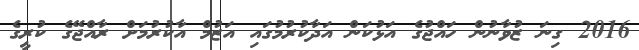
2016 ގިނަ ޒުވާނުން ހައްޖުގެ އަޅުކަން އަދާކުރުމުގައި އަޒުމް އާކުރުމަށް ރާއްޖޭގެ ކުރީގެ